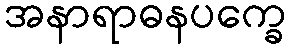
အနာရာဓနပက္ခေ